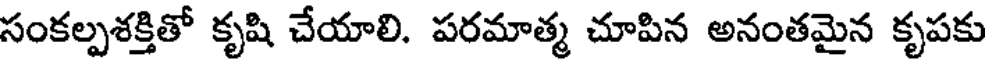
సంకల్పశక్తితో కృషి చేయాలి. పరమాత్మ చూపిన అనంతమైన కృపకు